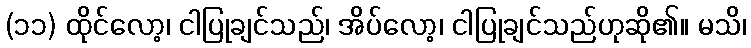
(၁၁) ထိုင်လော့၊ ငါပြုချင်သည်၊ အိပ်လော့၊ ငါပြုချင်သည်ဟုဆို၏။ မသိ၊